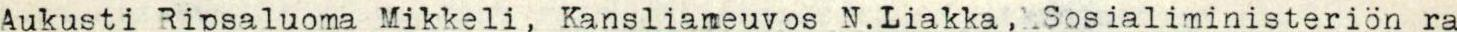
Aukusti Ripsaluoma Mikkeli, Kanslianeuvos N.Liakka, Sosialiministeriön ra